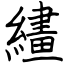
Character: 繣